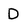
Character: D